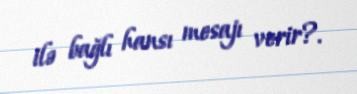
ilə bağlı hansı mesajı verir?.